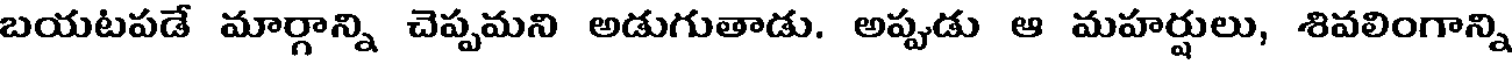
బయటపడే మార్గాన్ని చెప్పమని అడుగుతాడు. అప్పుడు ఆ మహర్షులు, శివలింగాన్ని